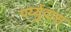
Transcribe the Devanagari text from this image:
पर्य्युदास